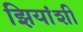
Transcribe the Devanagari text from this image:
झियांशी